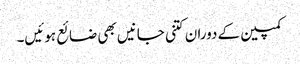
کمپین کے دوران کتنی جانیں بھی ضائع ہوئیں۔